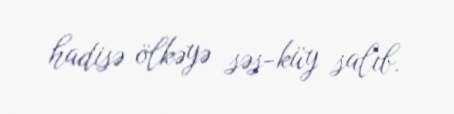
hadisə ölkəyə səs-küy salıb.